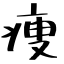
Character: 痩